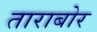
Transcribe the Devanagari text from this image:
ताराबोर